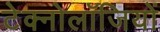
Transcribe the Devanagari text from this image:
टेक्नोलॉजियों